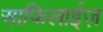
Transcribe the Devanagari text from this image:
साफिलाईज़